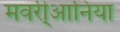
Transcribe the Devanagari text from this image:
मवरी्आनिया